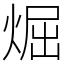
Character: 煀